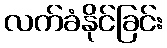
လက်ခံနိုင်ခြင်း